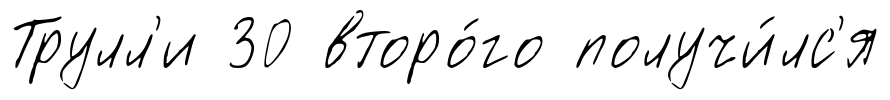
Трулл'и 30 второ́го получи́лс'я